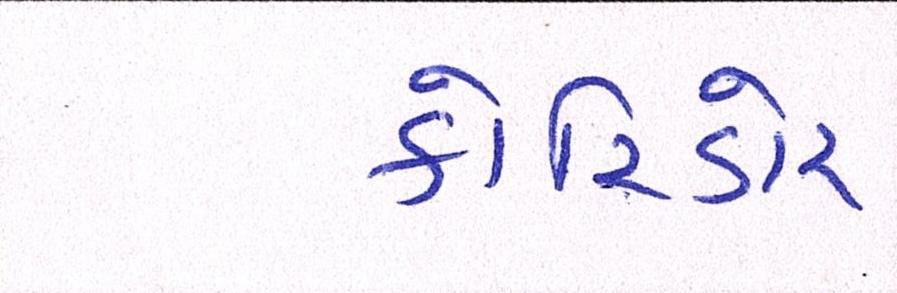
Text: કોરિડોર